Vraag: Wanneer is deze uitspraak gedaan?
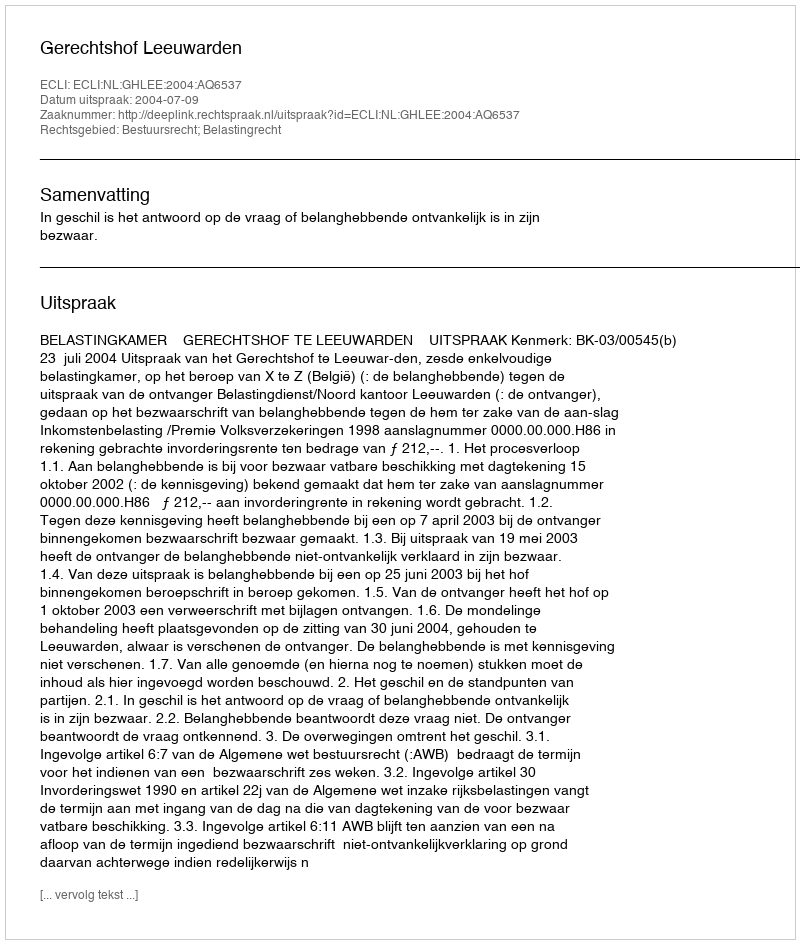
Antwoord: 2004-07-09